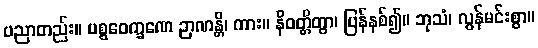
ပညာတည်း။ ပစ္စဝေက္ခဏေ ဉာဏန္တိ၊ ကား။ နိဝတ္တိတွာ၊ ပြန်နစ်၍။ ဘုသံ၊ လွန်မင်းစွာ။